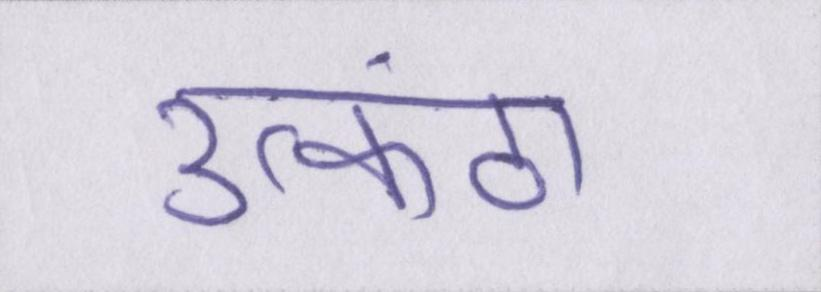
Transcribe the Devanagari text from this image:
उत्कंठा